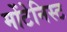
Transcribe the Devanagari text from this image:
मोंटेनिस्ट